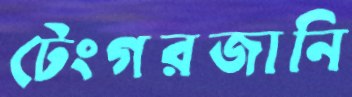
টেংগরজানি